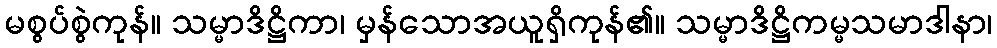
မစွပ်စွဲကုန်။ သမ္မာဒိဋ္ဌိကာ၊ မှန်သောအယူရှိကုန်၏။ သမ္မာဒိဋ္ဌိကမ္မသမာဒါနာ၊